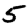
Digit: 5